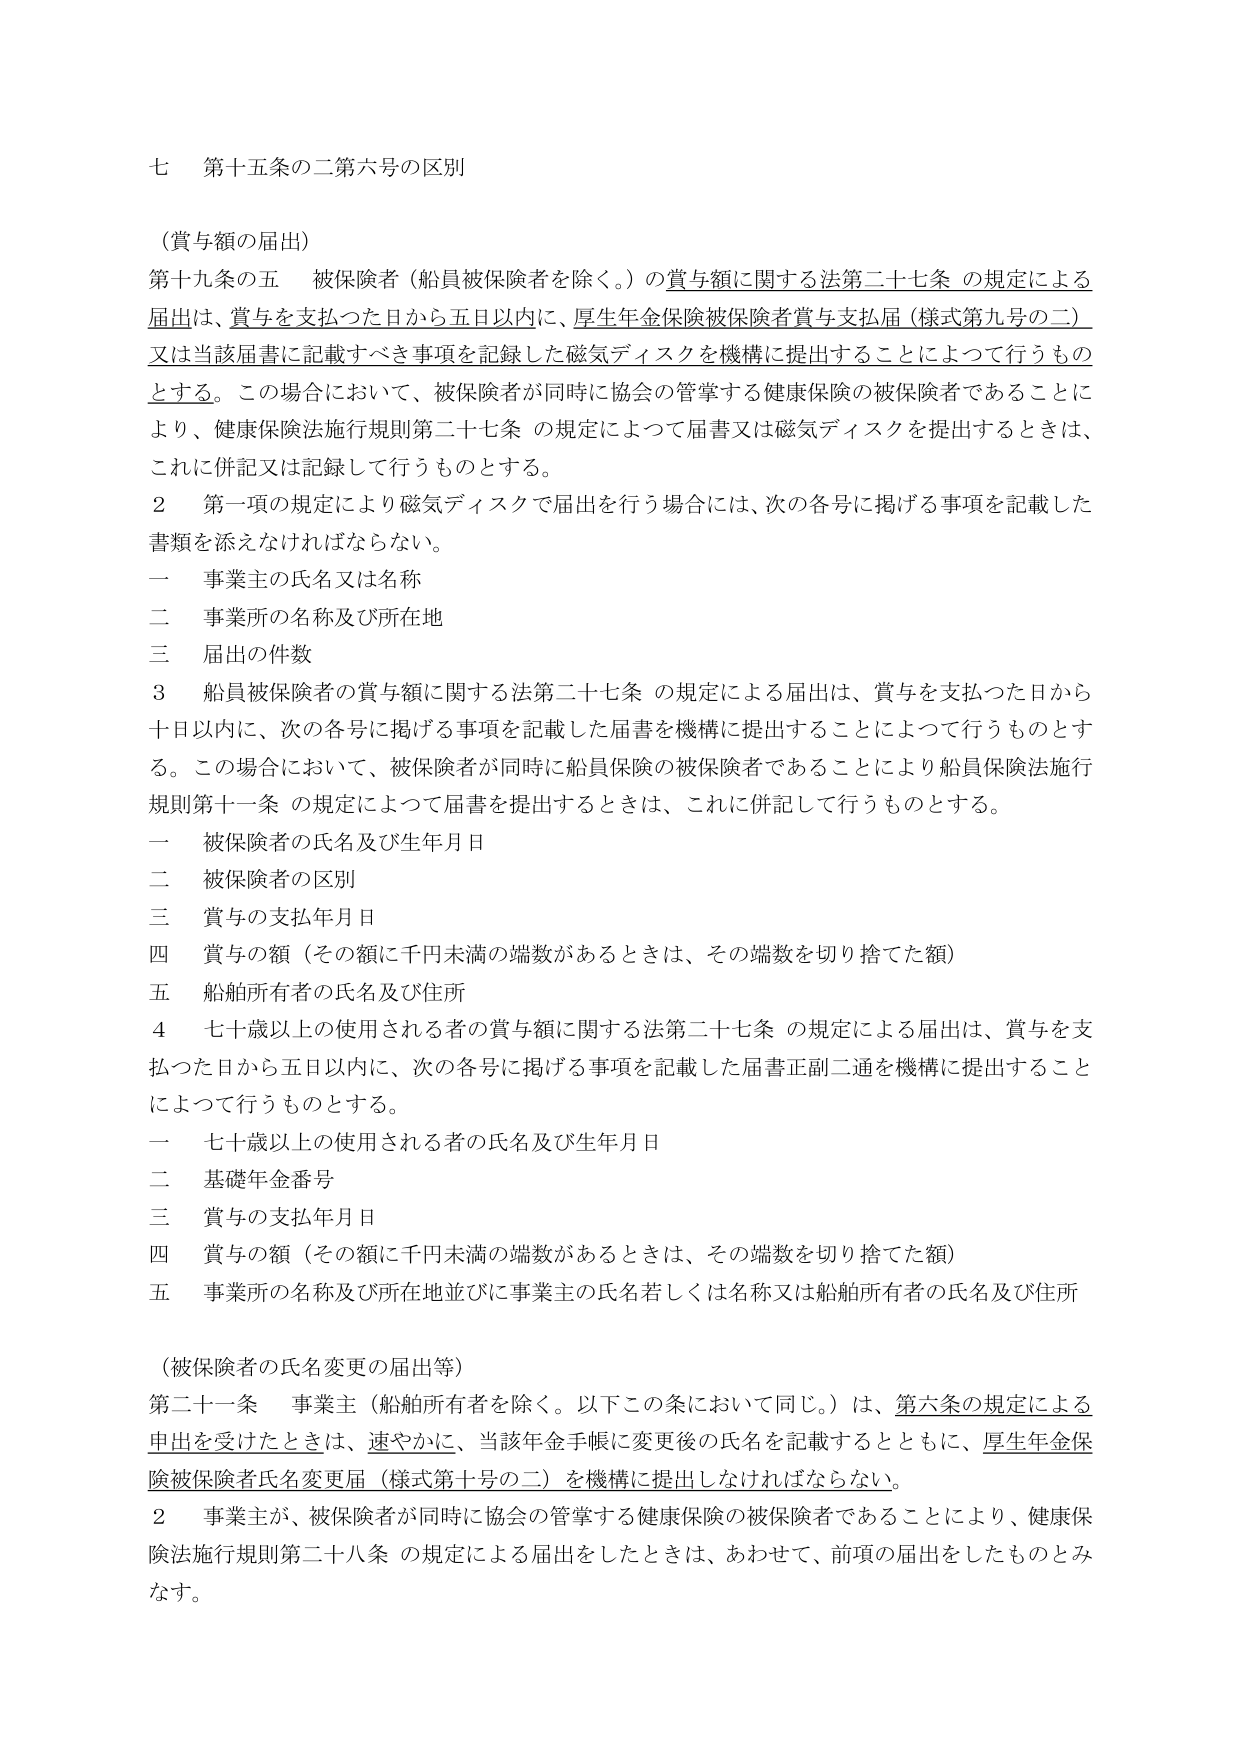
七 第十五条の二第六号の区別

（賞与額の届出）

第十九条の五 被保険者（船員被保険者を除く。）の賞与額に関する法第二十七条の規定による届出は、賞与を支払つた日から五日以内に、厚生年金保険被保険者賞与支払届（様式第九号の二）又は当該届書に記載すべき事項を記録した磁気ディスクを機構に提出することによつて行うものとする。この場合において、被保険者が同時に協会の管掌する健康保険の被保険者であることにより、健康保険法施行規則第二十七条の規定によつて届書又は磁気ディスクを提出するときは、これに併記又は記録して行うものとする。

２ 第一項の規定により磁気ディスクで届出を行う場合には、次の各号に掲げる事項を記載した書類を添えなければならない。

一 事業主の氏名又は名称

二 事業所の名称及び所在地

三 届出の件数

３ 船員被保険者の賞与額に関する法第二十七条の規定による届出は、賞与を支払つた日から十日以内に、次の各号に掲げる事項を記載した届書を機構に提出することによつて行うものとする。この場合において、被保険者が同時に船員保険の被保険者であることにより船員保険法施行規則第十一条の規定によつて届書を提出するときは、これに併記して行うものとする。

一 被保険者の氏名及び生年月日

二 被保険者の区別

三 賞与の支払年月日

四 賞与の額（その額に千円未満の端数があるときは、その端数を切り捨てた額）

五 船舶所有者の氏名及び住所

４ 七十歳以上の使用される者の賞与額に関する法第二十七条の規定による届出は、賞与を支払つた日から五日以内に、次の各号に掲げる事項を記載した届書正副二通を機構に提出することによつて行うものとする。

一 七十歳以上の使用される者の氏名及び生年月日

二 基礎年金番号

三 賞与の支払年月日

四 賞与の額（その額に千円未満の端数があるときは、その端数を切り捨てた額）

五 事業所の名称及び所在地並びに事業主の氏名若しくは名称又は船舶所有者の氏名及び住所

（被保険者の氏名変更の届出等）

第二十一条 事業主（船舶所有者を除く。以下この条において同じ。）は、第六条の規定による申出を受けたときは、速やかに、当該年金手帳に変更後の氏名を記載するとともに、厚生年金保険被保険者氏名変更届（様式第十号の二）を機構に提出しなければならない。

２ 事業主が、被保険者が同時に協会の管掌する健康保険の被保険者であることにより、健康保険法施行規則第二十八条の規定による届出をしたときは、あわせて、前項の届出をしたものとみなす。